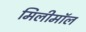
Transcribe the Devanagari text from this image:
मिलीमॉल